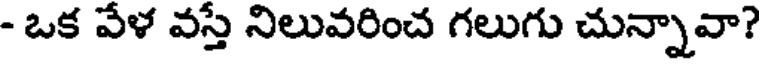
- ఒక వేళ వస్తే నిలువరించ గలుగు చున్నావా?